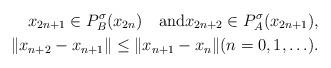
LaTeX: \begin{align*}x_{2n+1}\in P_B^{\sigma}(x_{2n})\quad\mbox{and}x_{2n+2}\in P_A^{\sigma}(x_{2n+1}),\\\|x_{n+2}-x_{n+1}\|\le\|x_{n+1}-x_{n}\|(n=0,1,\ldots).\end{align*}